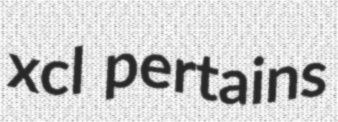
xcl pertains